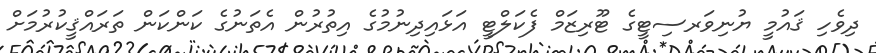
ދިވެހި ޤައުމީ ޔުނިވަރސިޓީގެ ޓޫރިޒަމް ފެކަލްޓީ އަޅައިދިނުމުގެ އިތުރުން އެތަނުގެ ކަންކަން ތަރައްޤީކުރުމަށް